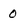
Character: 0